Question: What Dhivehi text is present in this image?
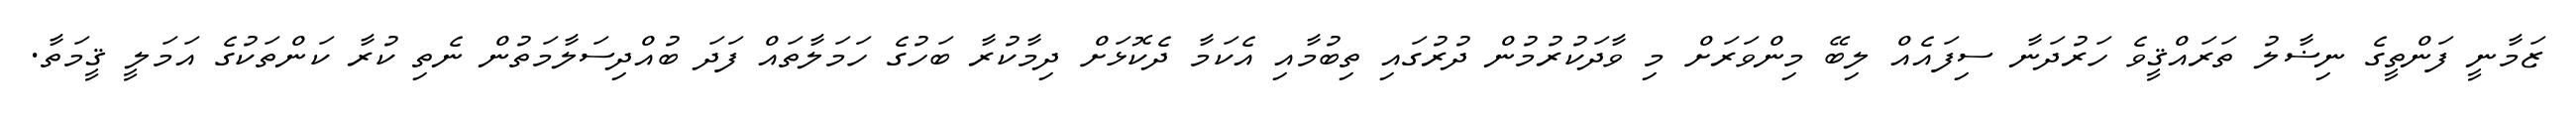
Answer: ޒަމާނީ ފަންތީގެ ނިޟާލު ތަރައްޤީވެ ހަރުދަނާ ސިފައެއް ލިބޭ މިންވަރަށް މި ވާދަކުރުމުން ދުރުގައި ތިބުމާއި އެކަމާ ދެކޮޅަށް ދިމާކުރާ ބަހުގެ ހަމަލާތައް ފަދަ ބުއްދިސަލާމަތުން ނެތި ކުރާ ކަންތަކުގެ އަމަލީ ޤީމަތާ.